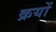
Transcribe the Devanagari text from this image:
क्रयों